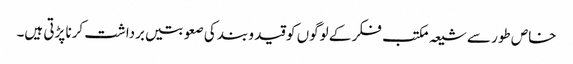
خاص طور سے شیعہ مکتب فکر کے لوگوں کو قید و بند کی صعوبتیں برداشت کرنا پڑتی ہیں۔